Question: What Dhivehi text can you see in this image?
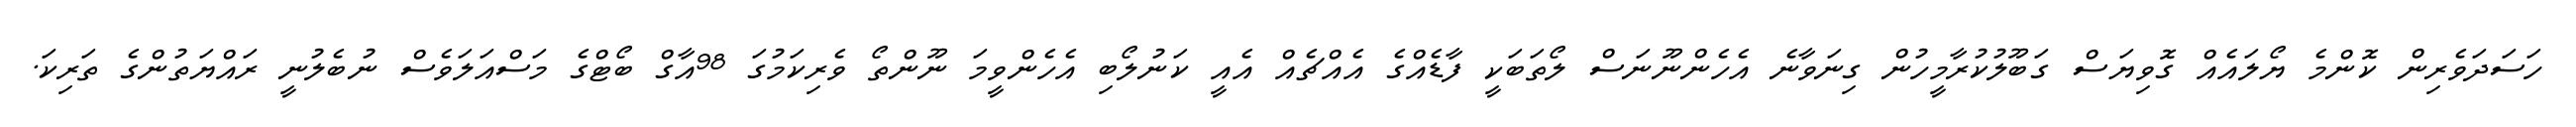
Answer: ހަސަދަވެރިން ކޮންމެ ޔޯލައެއް ގޮވިޔަސް ގަބޫލުކުރާމީހުން ގިނަވާނެ އެހެންނޫނަސް ލޯތަބަކީ ފާޑެއްގެ އެއްޗެއް އެއީ ކަނުލޯބި އެހެންވީމަ ނޫންތޯ ވެރިކަމުގަ 98އާގް ބޯޓްގެ މަސްއަލަވެސް ނުބެލުނީ ރައްޔަތުންގެ ތަރިކަ.